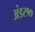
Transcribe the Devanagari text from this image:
अंडर१७